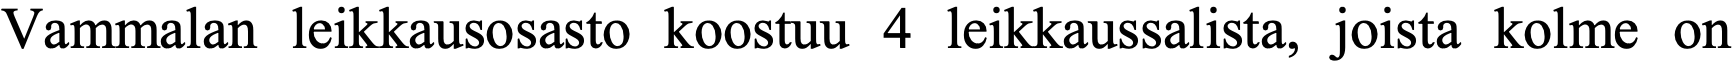
Vammalan  leikkausosasto koostuu 4 leikkaussalista, joista kolme on